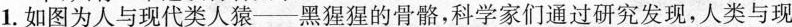
1.如图为人与现代类人猿——黑猩猩的骨骼，科学家们通过研究发现，人类与现